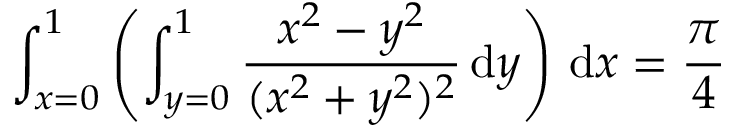
\int _ { x = 0 } ^ { 1 } \left( \int _ { y = 0 } ^ { 1 } { \frac { x ^ { 2 } - y ^ { 2 } } { ( x ^ { 2 } + y ^ { 2 } ) ^ { 2 } } } \, { \mathrm { d } } y \right) \, { \mathrm { d } } x = { \frac { \pi } { 4 } }